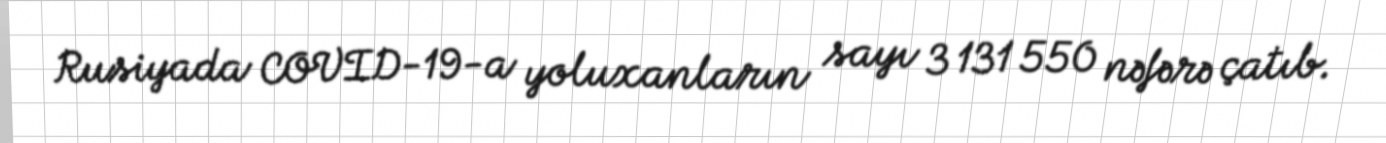
Rusiyada COVID-19-a yoluxanların sayı 3 131 550 nəfərə çatıb.